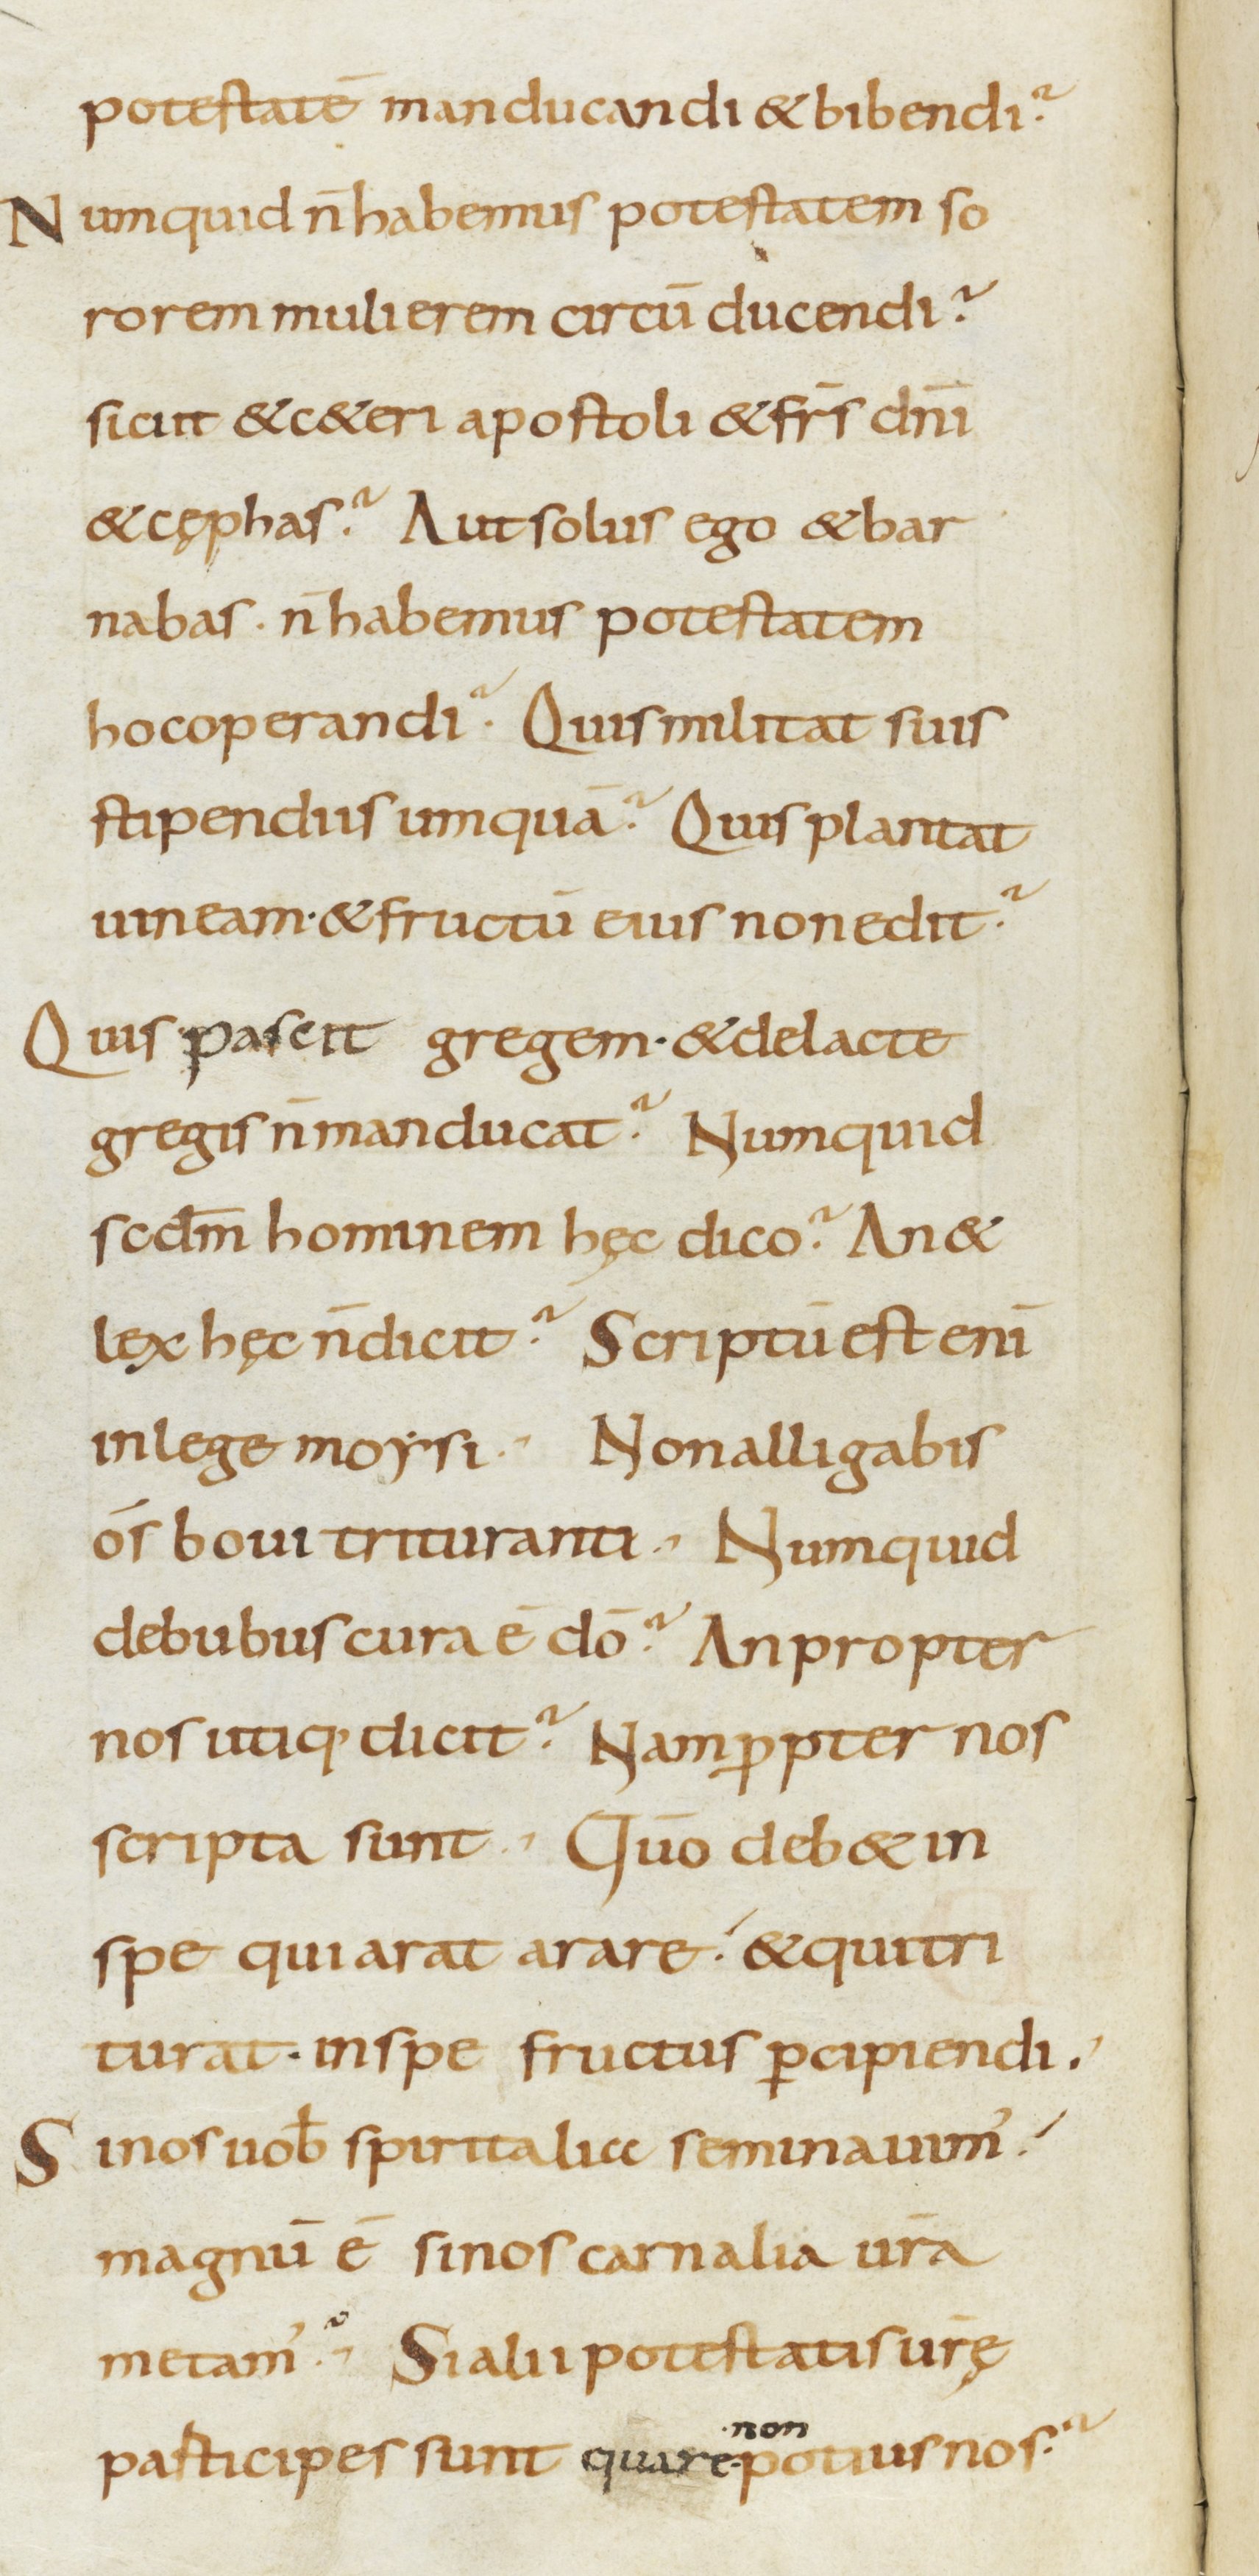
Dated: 800–899